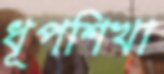
ধূপশিখা